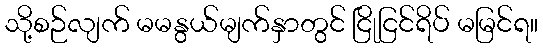
သို့စဉ်လျက် မမနွယ်မျက်နှာတွင် ငြိုငြင်ရိပ် မမြင်ရ။